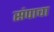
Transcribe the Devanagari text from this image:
संपाचा